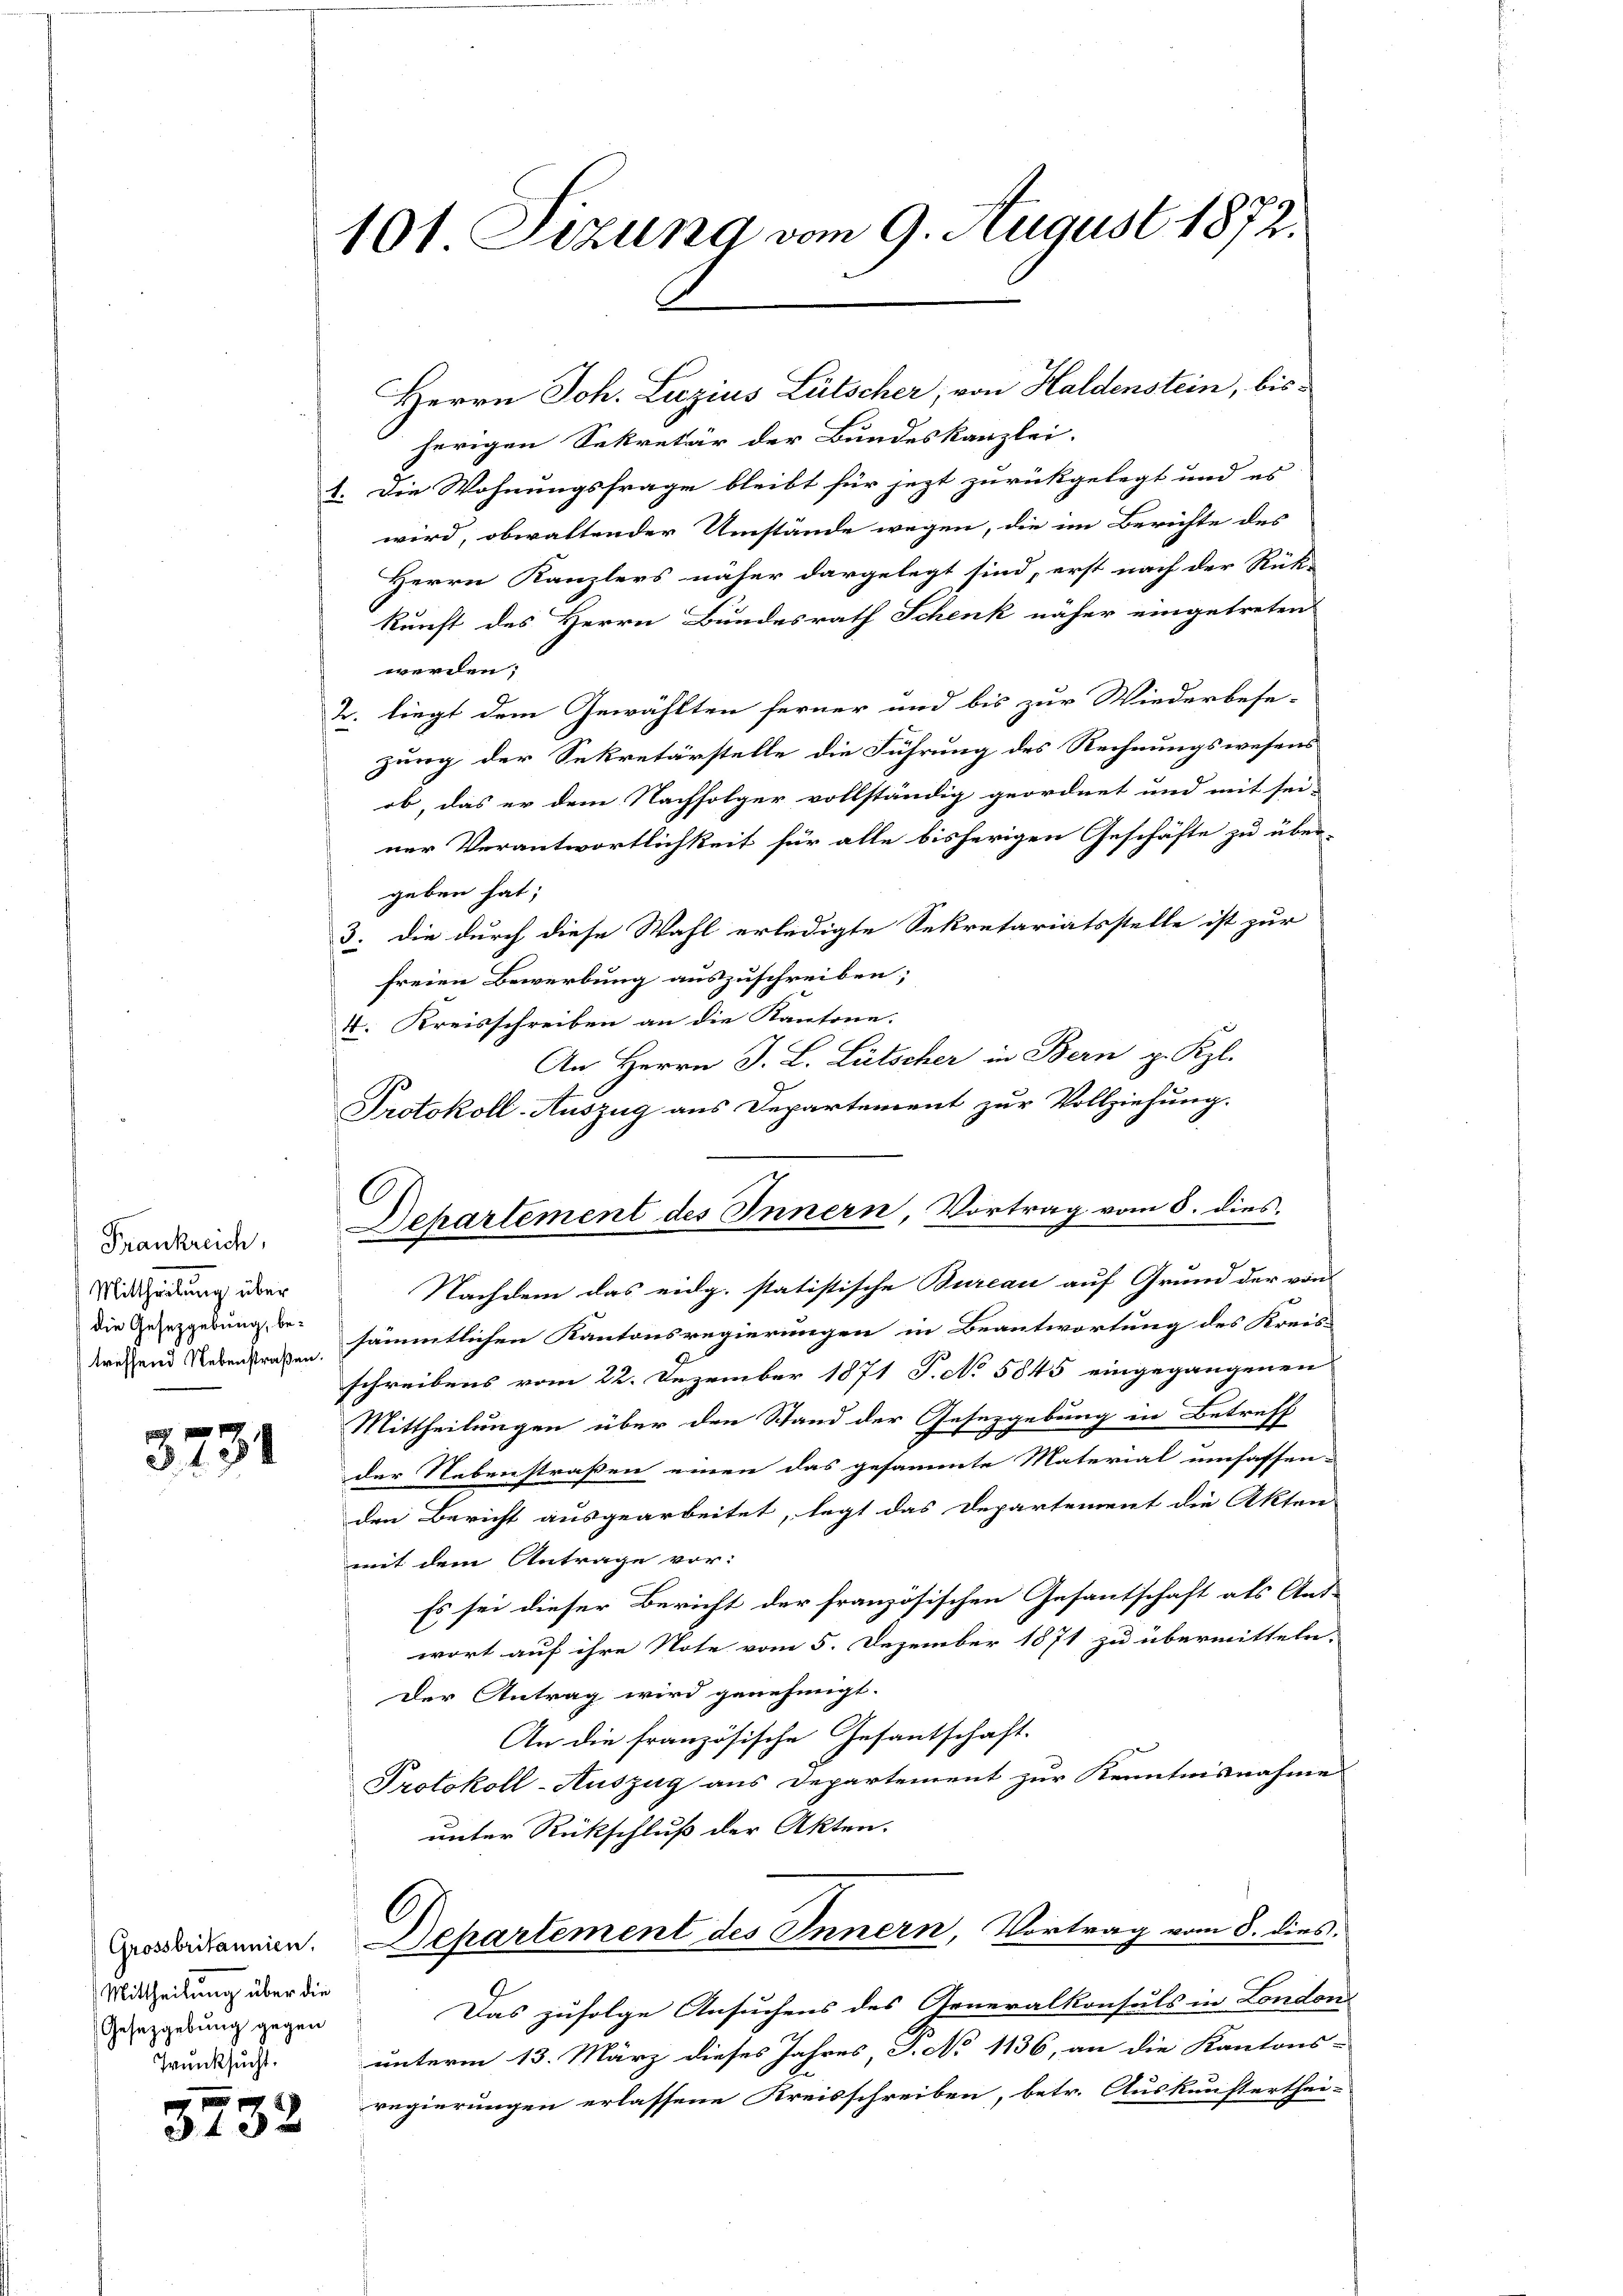
Frankreich,
Mittheilung über
die Gesetzgebung, be¬

p
5731

Grossbritannien.
Mittheilung über die
Gesetzgebung gegen
Trunksucht.

m
3132

101 Sizung vom 9. August 1872.

Herrn Joh. Lazius Lütscher, von Haldenstein, bisherigen Sekretär der Bundeskanzlei.
1. Die Wohnungsfrage bleibt für jezt zurückgelegt und es
wird, obwaltender Umstände wegen, die im Berichte des
Herrn Kanzlers näher dargelegt sind, erst nach der Rück-
kunft des Herrn Bundesrath Schenk näher eingetreten
werden;
2. liegt dem Gewählten ferner und bis zur Wiederbese-
zung der Sekretärstelle die Führung des Rechnungswesens
ob, das er dem Nachfolger vollständig geordnet und mit sei-
ner Verantwortlichkeit für alle bisherigen Geschäfte zu über-
geben hat;
3. Die durch diese Wahl erledigte Sekretariatsstelle ist zur
freien Bewerbung auszuschreiben;
4. Kreisschreiben an die Kantone.
An Herrn J. L. Lütscher in Bern p. Kzl.
Nachdem das eidg. statistische Bureau auf Grund der von
kressend Nebenstraße sämmtlichen Kantonsregierungen in Beantwortung des Kreis-
schreibens vom 22. Dezember 1871 P. No 5845 eingegangenen
Mittheilungen über den Stand der Gesetzgebung ein Betreff
der Nebenstraßen einen das gesammte Material umfassen-
den Bericht ausgearbeitet, legt das Departement die Akten
mit dem Antrage vor:
Es sei dieser Bericht der französischen Gesantschaft als Ant-
wort auf ihre Note vom 5. Dezember 1871 zu übermitteln.
Der Antrag wird genehmigt.
An die französische Gesantschaft.
Protokoll-Auszug aus Departement zur Kenntnisnahme
unter Rückschluß der Akten.
Departement des Innern, Vortrag vom 8. dies
Das zufolge Ansuchens des Generalkonsuls in London
unterm 13. März dieses Jahres P. No 1136, an die Kantons-
regierungen erlassene Kreisschreiben, betr. Auskunfterthei-

Protokoll-Auszug aus Departement zur Vollziehung.
Dehartement des Innern, Vortrag vom 5. dies